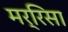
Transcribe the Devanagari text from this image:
मर्रिसा